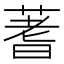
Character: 蓍